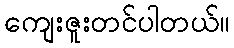
ကျေးဇူးတင်ပါတယ်။